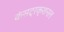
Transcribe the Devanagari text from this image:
कंसट्रक्शनल